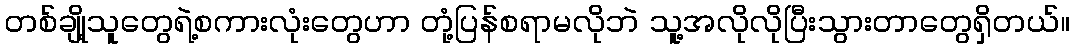
တစ်ချို့သူတွေရဲ့စကားလုံးတွေဟာ တုံ့ပြန်စရာမလိုဘဲ သူ့အလိုလိုပြီးသွားတာတွေရှိတယ်။